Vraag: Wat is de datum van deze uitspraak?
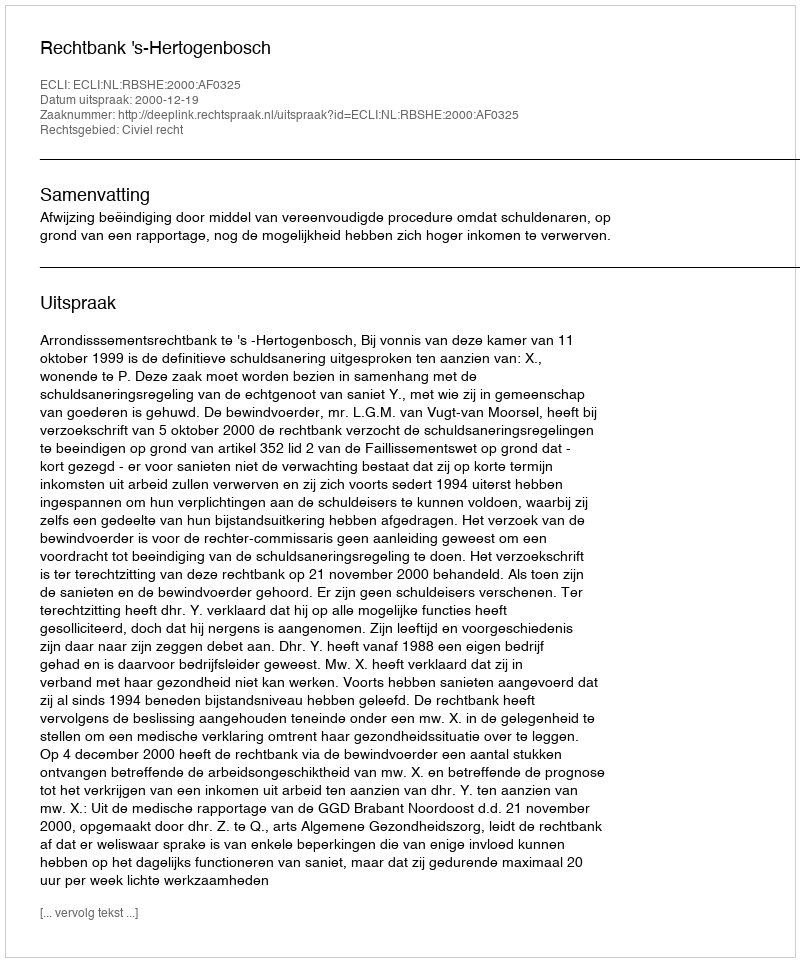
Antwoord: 2000-12-19